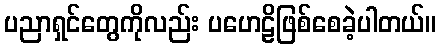
ပညာရှင်တွေကိုလည်း ပဟေဠိဖြစ်စေခဲ့ပါတယ်။